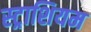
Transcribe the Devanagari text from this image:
स्ट्राशियम